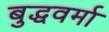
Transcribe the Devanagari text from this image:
बुद्धवर्मा